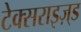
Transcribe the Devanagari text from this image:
टेक्सराइज़्ड